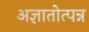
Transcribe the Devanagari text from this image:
अज्ञातोत्पन्न